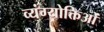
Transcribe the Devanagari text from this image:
व्यंग्योक्तिओं